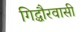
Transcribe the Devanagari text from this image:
गिद्धौरवासी